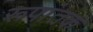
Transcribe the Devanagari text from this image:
रूपांतक